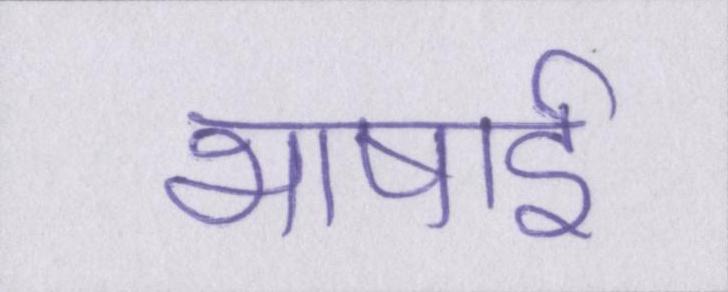
भाषाई